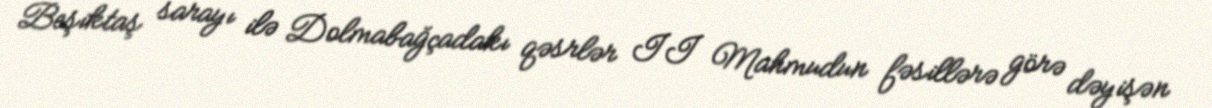
Beşiktaş sarayı ilə Dolmabağçadakı qəsrlər II Mahmudun fəsillərə görə dəyişən